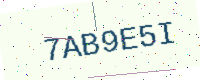
Text: 7AB9E5I